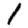
Digit: 1